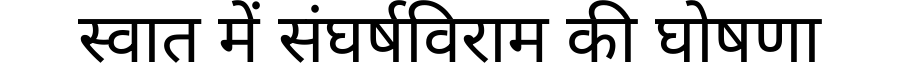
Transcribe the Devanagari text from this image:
स्वात में संघर्षविराम की घोषणा